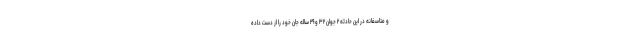
و متاسفانه در این حادثه ۲ جوان ۳۲ و ۲۹ ساله جان خود را از دست داده